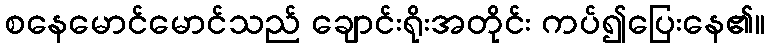
စနေမောင်မောင်သည် ချောင်းရိုးအတိုင်း ကပ်၍ပြေးနေ၏။